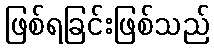
ဖြစ်ရခြင်းဖြစ်သည်